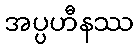
အပ္ပဟီနဿ